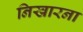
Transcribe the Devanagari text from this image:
निखारना